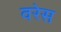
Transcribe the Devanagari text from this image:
वरेस